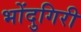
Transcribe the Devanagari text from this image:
भोंदुगिरी